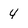
Character: 4